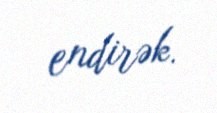
endirək.